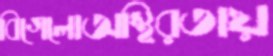
বিগেলোঅস্থিরতায়